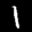
Label: 1